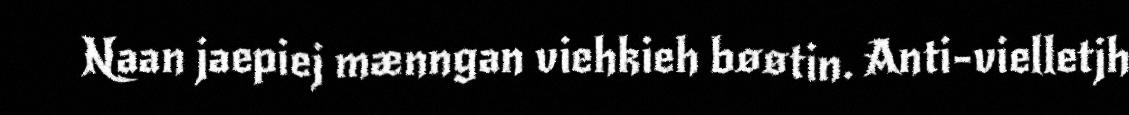
Naan jaepiej mænngan viehkieh bøøtin. Anti-vielletjh